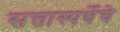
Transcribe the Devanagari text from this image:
सत्तास्पर्धेचे